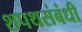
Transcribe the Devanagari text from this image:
शपथसंबंधी